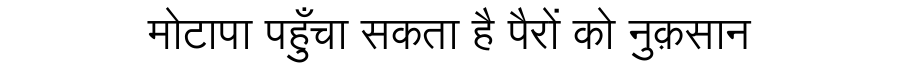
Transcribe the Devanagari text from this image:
मोटापा पहुँचा सकता है पैरों को नुक़सान